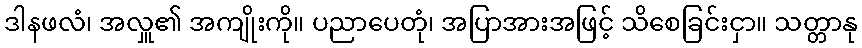
ဒါနဖလံ၊ အလှူ၏ အကျိုးကို။ ပညာပေတုံ၊ အပြာအားအဖြင့် သိစေခြင်းငှာ။ သတ္တာနု